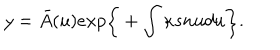
y = { \bar { A } } ( u ) e x p \bigg \{ + \int \kappa s n u d u \bigg \} .